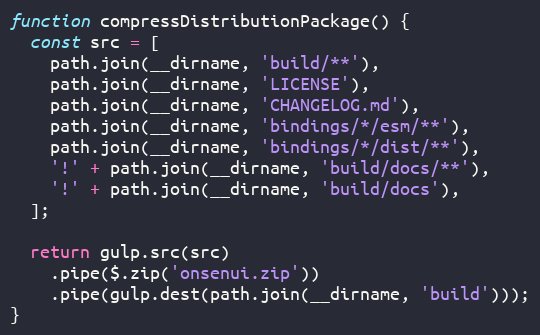
Language: JavaScript
function compressDistributionPackage() {
  const src = [
    path.join(__dirname, 'build/**'),
    path.join(__dirname, 'LICENSE'),
    path.join(__dirname, 'CHANGELOG.md'),
    path.join(__dirname, 'bindings/*/esm/**'),
    path.join(__dirname, 'bindings/*/dist/**'),
    '!' + path.join(__dirname, 'build/docs/**'),
    '!' + path.join(__dirname, 'build/docs'),
  ];

  return gulp.src(src)
    .pipe($.zip('onsenui.zip'))
    .pipe(gulp.dest(path.join(__dirname, 'build')));
}